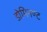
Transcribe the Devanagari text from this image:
डोमिनण्ट